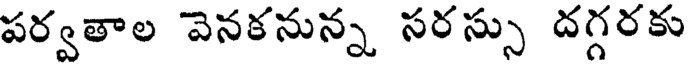
పర్వతాల వెనకనున్న సరస్సు దగ్గరకు